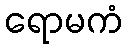
ရောမကံ